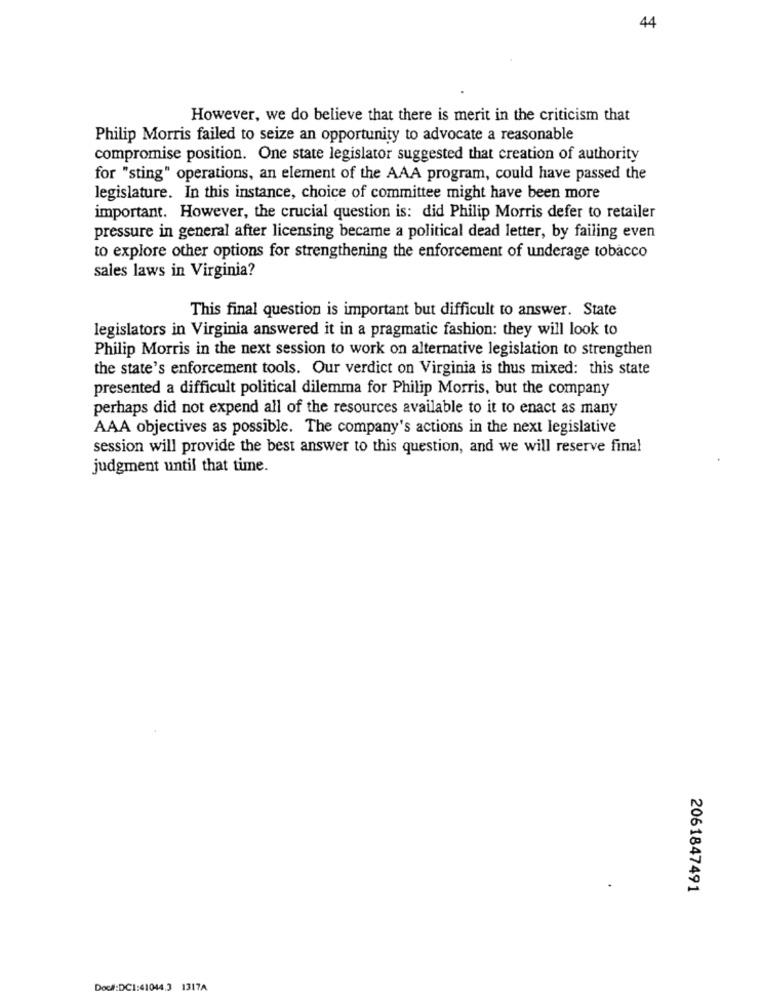
44
However, we do believe that there is merit in the criticism that
Philip Morris failed to seize an opportunity to advocate a reasonable
compromise position. One state legislator suggested that creation of authority
for "sting" operations, an element of the AAA program, could have passed the
legislature. In this instance, choice of committee might have been more
important. However, the crucial question is: did Philip Morris defer to retailer
pressure in general after licensing became a political dead letter, by failing even
to explore other options for strengthening the enforcement of underage tobacco
sales laws in Virginia?
This final question is important but difficult to answer. State
legislators in Virginia answered it in a pragmatic fashion: they will look to
Philip Morris in the next session to work on alternative legislation to strengthen
the state's enforcement tools. Our verdict on Virginia is thus mixed: this state
presented a difficult political dilemma for Philip Morris, but the company
perhaps did not expend all of the resources available to it to enact as many
AAA objectives as possible. The company's actions in the next legislative
session will provide the best answer to this question, and we will reserve final
judgment until that time.
2061847491
Doc#:DC1:41044.3 1317A